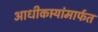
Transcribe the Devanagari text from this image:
आधीकार्‍यांमार्फत